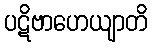
ပဋိဗာဟေယျာတိ